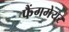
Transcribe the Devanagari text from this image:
फैंगमेयर